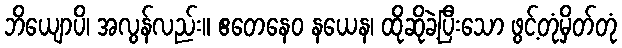
ဘိယျောပိ၊ အလွန်လည်း။ ဧတေနေဝ နယေန၊ ထိုဆိုခဲ့ပြီးသော ဖွင့်တုံမှိတ်တုံ